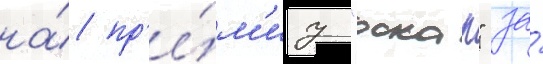
на́ пр'е́м'иу "оскар" за́